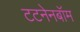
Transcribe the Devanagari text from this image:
टटनेनबॉम